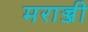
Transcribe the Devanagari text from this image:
मराज्जी